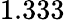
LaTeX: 1.333